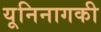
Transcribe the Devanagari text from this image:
यूनिनागकी